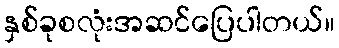
နှစ်ခုစလုံးအဆင်ပြေပါတယ်။